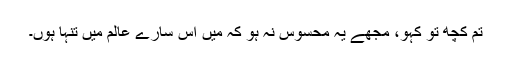
تم کچھ تو کہو، مجھے یہ محسوس نہ ہو کہ میں اس سارے عالم میں تنہا ہوں۔